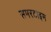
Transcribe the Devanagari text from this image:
समरटाइम